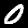
Label: 0